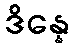
ဒိန္နေ